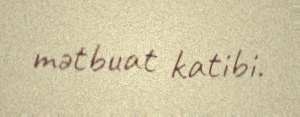
mətbuat katibi.